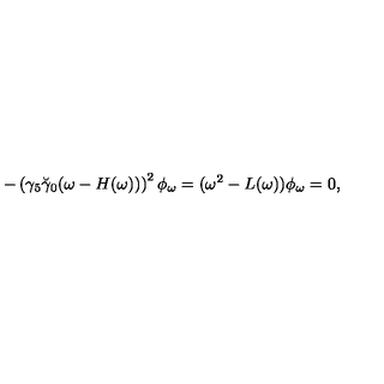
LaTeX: - \left( \gamma _ { 5 } \breve { \gamma } _ { 0 } ( \omega - H ( \omega ) ) \right) ^ { 2 } \phi _ { \omega } = ( \omega ^ { 2 } - L ( \omega ) ) \phi _ { \omega } = 0 ,